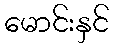
မောင်းနှင်